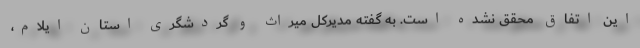
این اتفاق محقق نشده است. به گفته مدیرکل میراث و گردشگری استان ایلام،